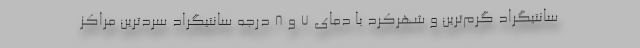
سانتیگراد گرم‌ترین و شهرکرد با دمای ۷ و ۸ درجه سانتیگراد سردترین مراکز